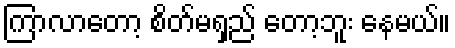
ကြာလာတော့ စိတ်မရှည် တော့ဘူး နေမယ်။